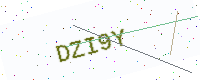
Text: DZI9Y